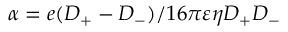
\alpha = e ( D _ { + } - D _ { - } ) / 1 6 \pi \varepsilon \eta D _ { + } D _ { - }